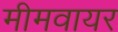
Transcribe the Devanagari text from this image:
मीमवायर